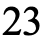
23